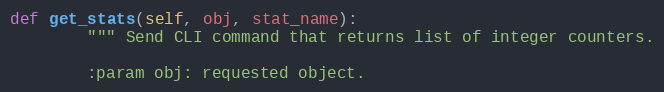
Language: Python
def get_stats(self, obj, stat_name):
        """ Send CLI command that returns list of integer counters.

        :param obj: requested object.